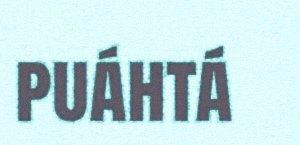
puáhtá